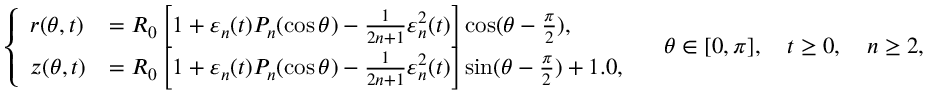
\left\{ \begin{array} { l l } { r ( \theta , t ) } & { = R _ { 0 } \left[ 1 + \varepsilon _ { n } ( t ) P _ { n } ( \cos \theta ) - \frac { 1 } { 2 n + 1 } \varepsilon _ { n } ^ { 2 } ( t ) \right] \cos ( \theta - \frac { \pi } { 2 } ) , } \\ { z ( \theta , t ) } & { = R _ { 0 } \left[ 1 + \varepsilon _ { n } ( t ) P _ { n } ( \cos \theta ) - \frac { 1 } { 2 n + 1 } \varepsilon _ { n } ^ { 2 } ( t ) \right] \sin ( \theta - \frac { \pi } { 2 } ) + 1 . 0 , } \end{array} \right. \quad \theta \in [ 0 , \pi ] , \quad t \geq 0 , \quad n \geq 2 ,